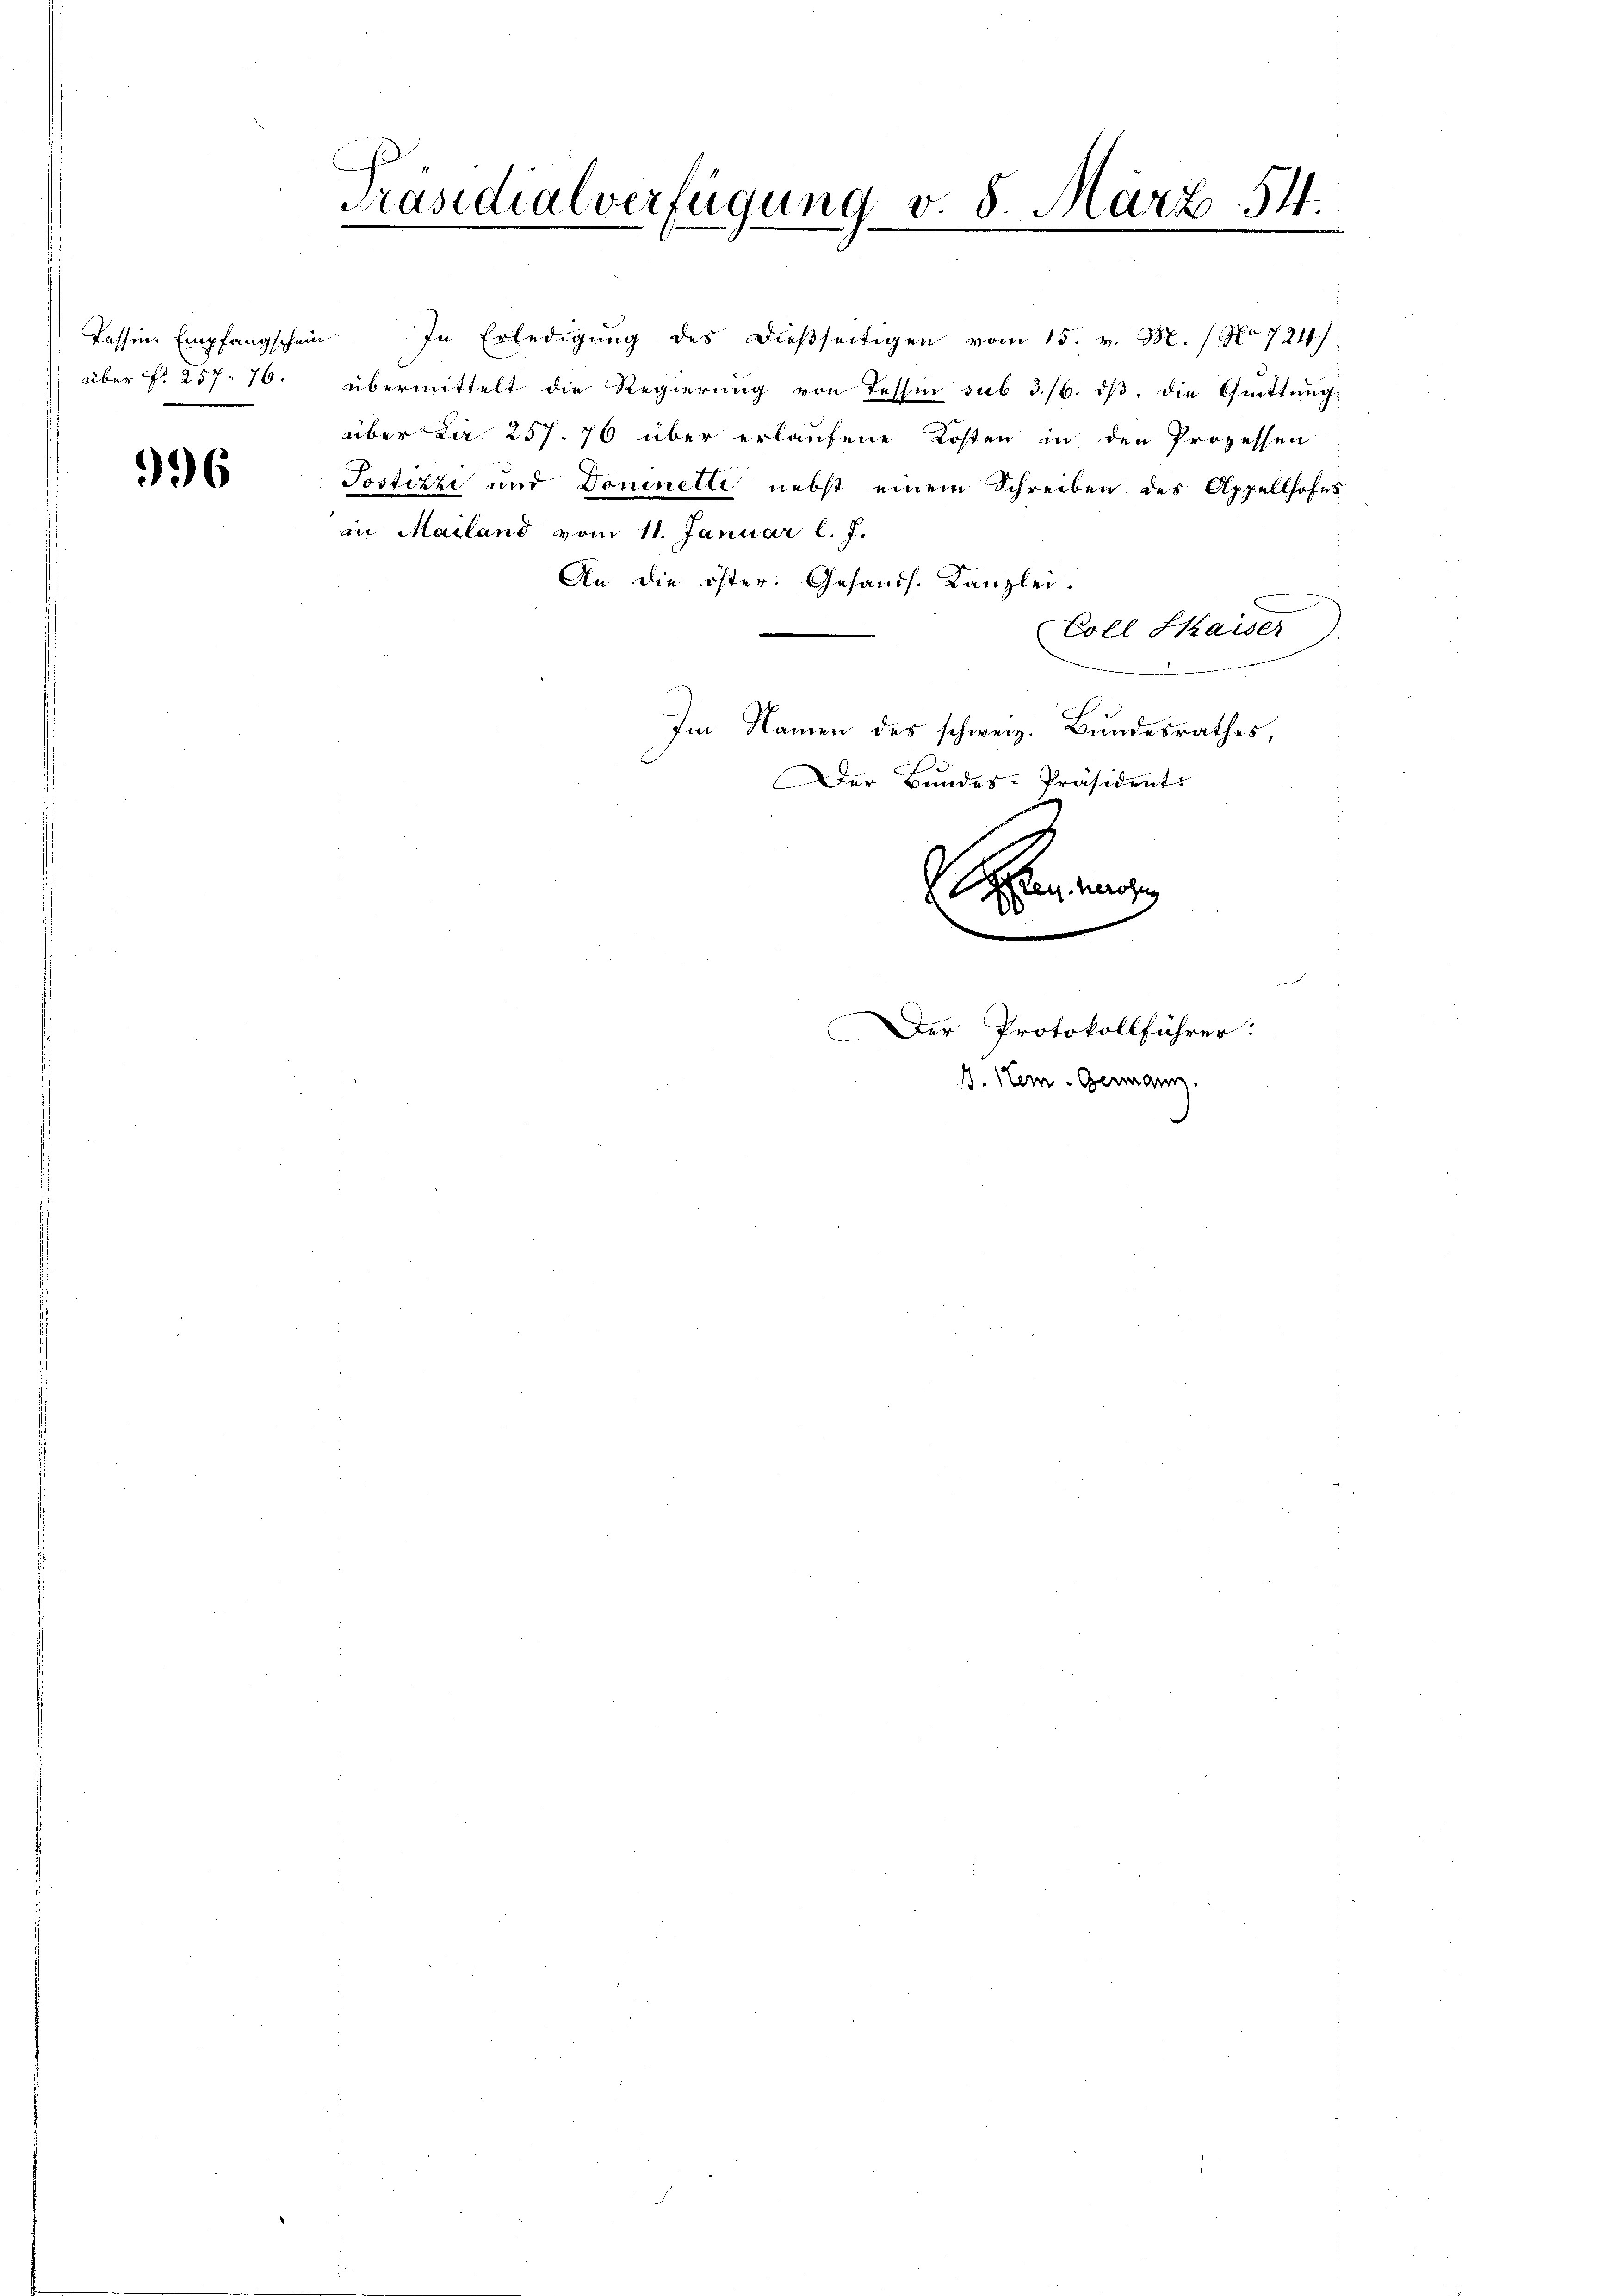
Tessin. Empfangschei
über f. 257. 76.

996

Präsidialverfügung v. 5. März 54.
.
m

An die öster. Gesandt. Kanzlei-
Coll Saiser
Im Namen des schweiz. Bundesrathes,
Der Bundes-Präsident
en ange

In Erledigŭng des dieβseitigen vom 15. v. M. / No 724/
übermittelt die Regierung von Tessin sub 3./6. iß, die Quittung:
über Car. 257. 76 über erlaufene Kosten in den Prozessen
Postizze und Dominelle nebst einem Schreiben des Appellhofes
in Mailand vom 11. Januar l. J.

m
Der Protokollführer:
A. Stein Germann.